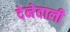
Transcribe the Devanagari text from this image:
देनेवालीे